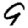
Digit: 9